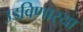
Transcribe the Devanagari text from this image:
उडविणार्‍या